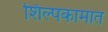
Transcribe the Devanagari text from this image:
शिल्पकामात